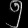
Digit: ၅